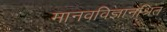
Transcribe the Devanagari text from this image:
मानवविज्ञानश्रित